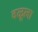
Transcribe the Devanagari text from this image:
वळूला